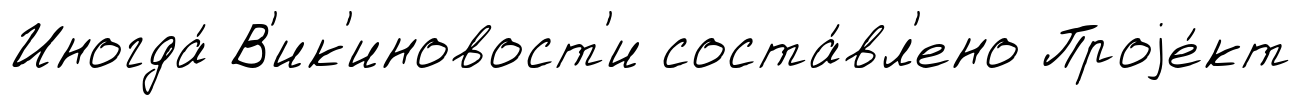
Иногда́ В'ик'иновост'и соста́вл'ено Проjе́кт